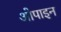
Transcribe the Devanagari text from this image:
ओपाइन